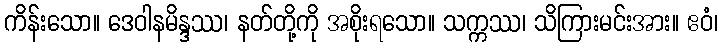
ကိန်းသော။ ဒေဝါနမိန္ဒဿ၊ နတ်တို့ကို အစိုးရသော။ သက္ကဿ၊ သိကြားမင်းအား။ ဧဝံ၊